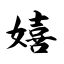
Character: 嬉